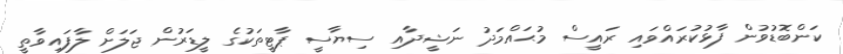
ކަންބޮޑުވުން ފާޅުކުރައްވައި ރައީސް މުޙައްމަދު ނަޝީދާއި ސިޔާސީ ޕާޓީތަކުގެ ލީޑަރުން ޖަލަށް ލާފައިވާތީ